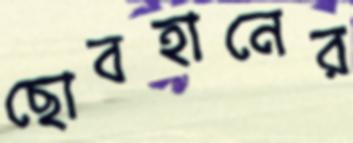
ছোবহানের